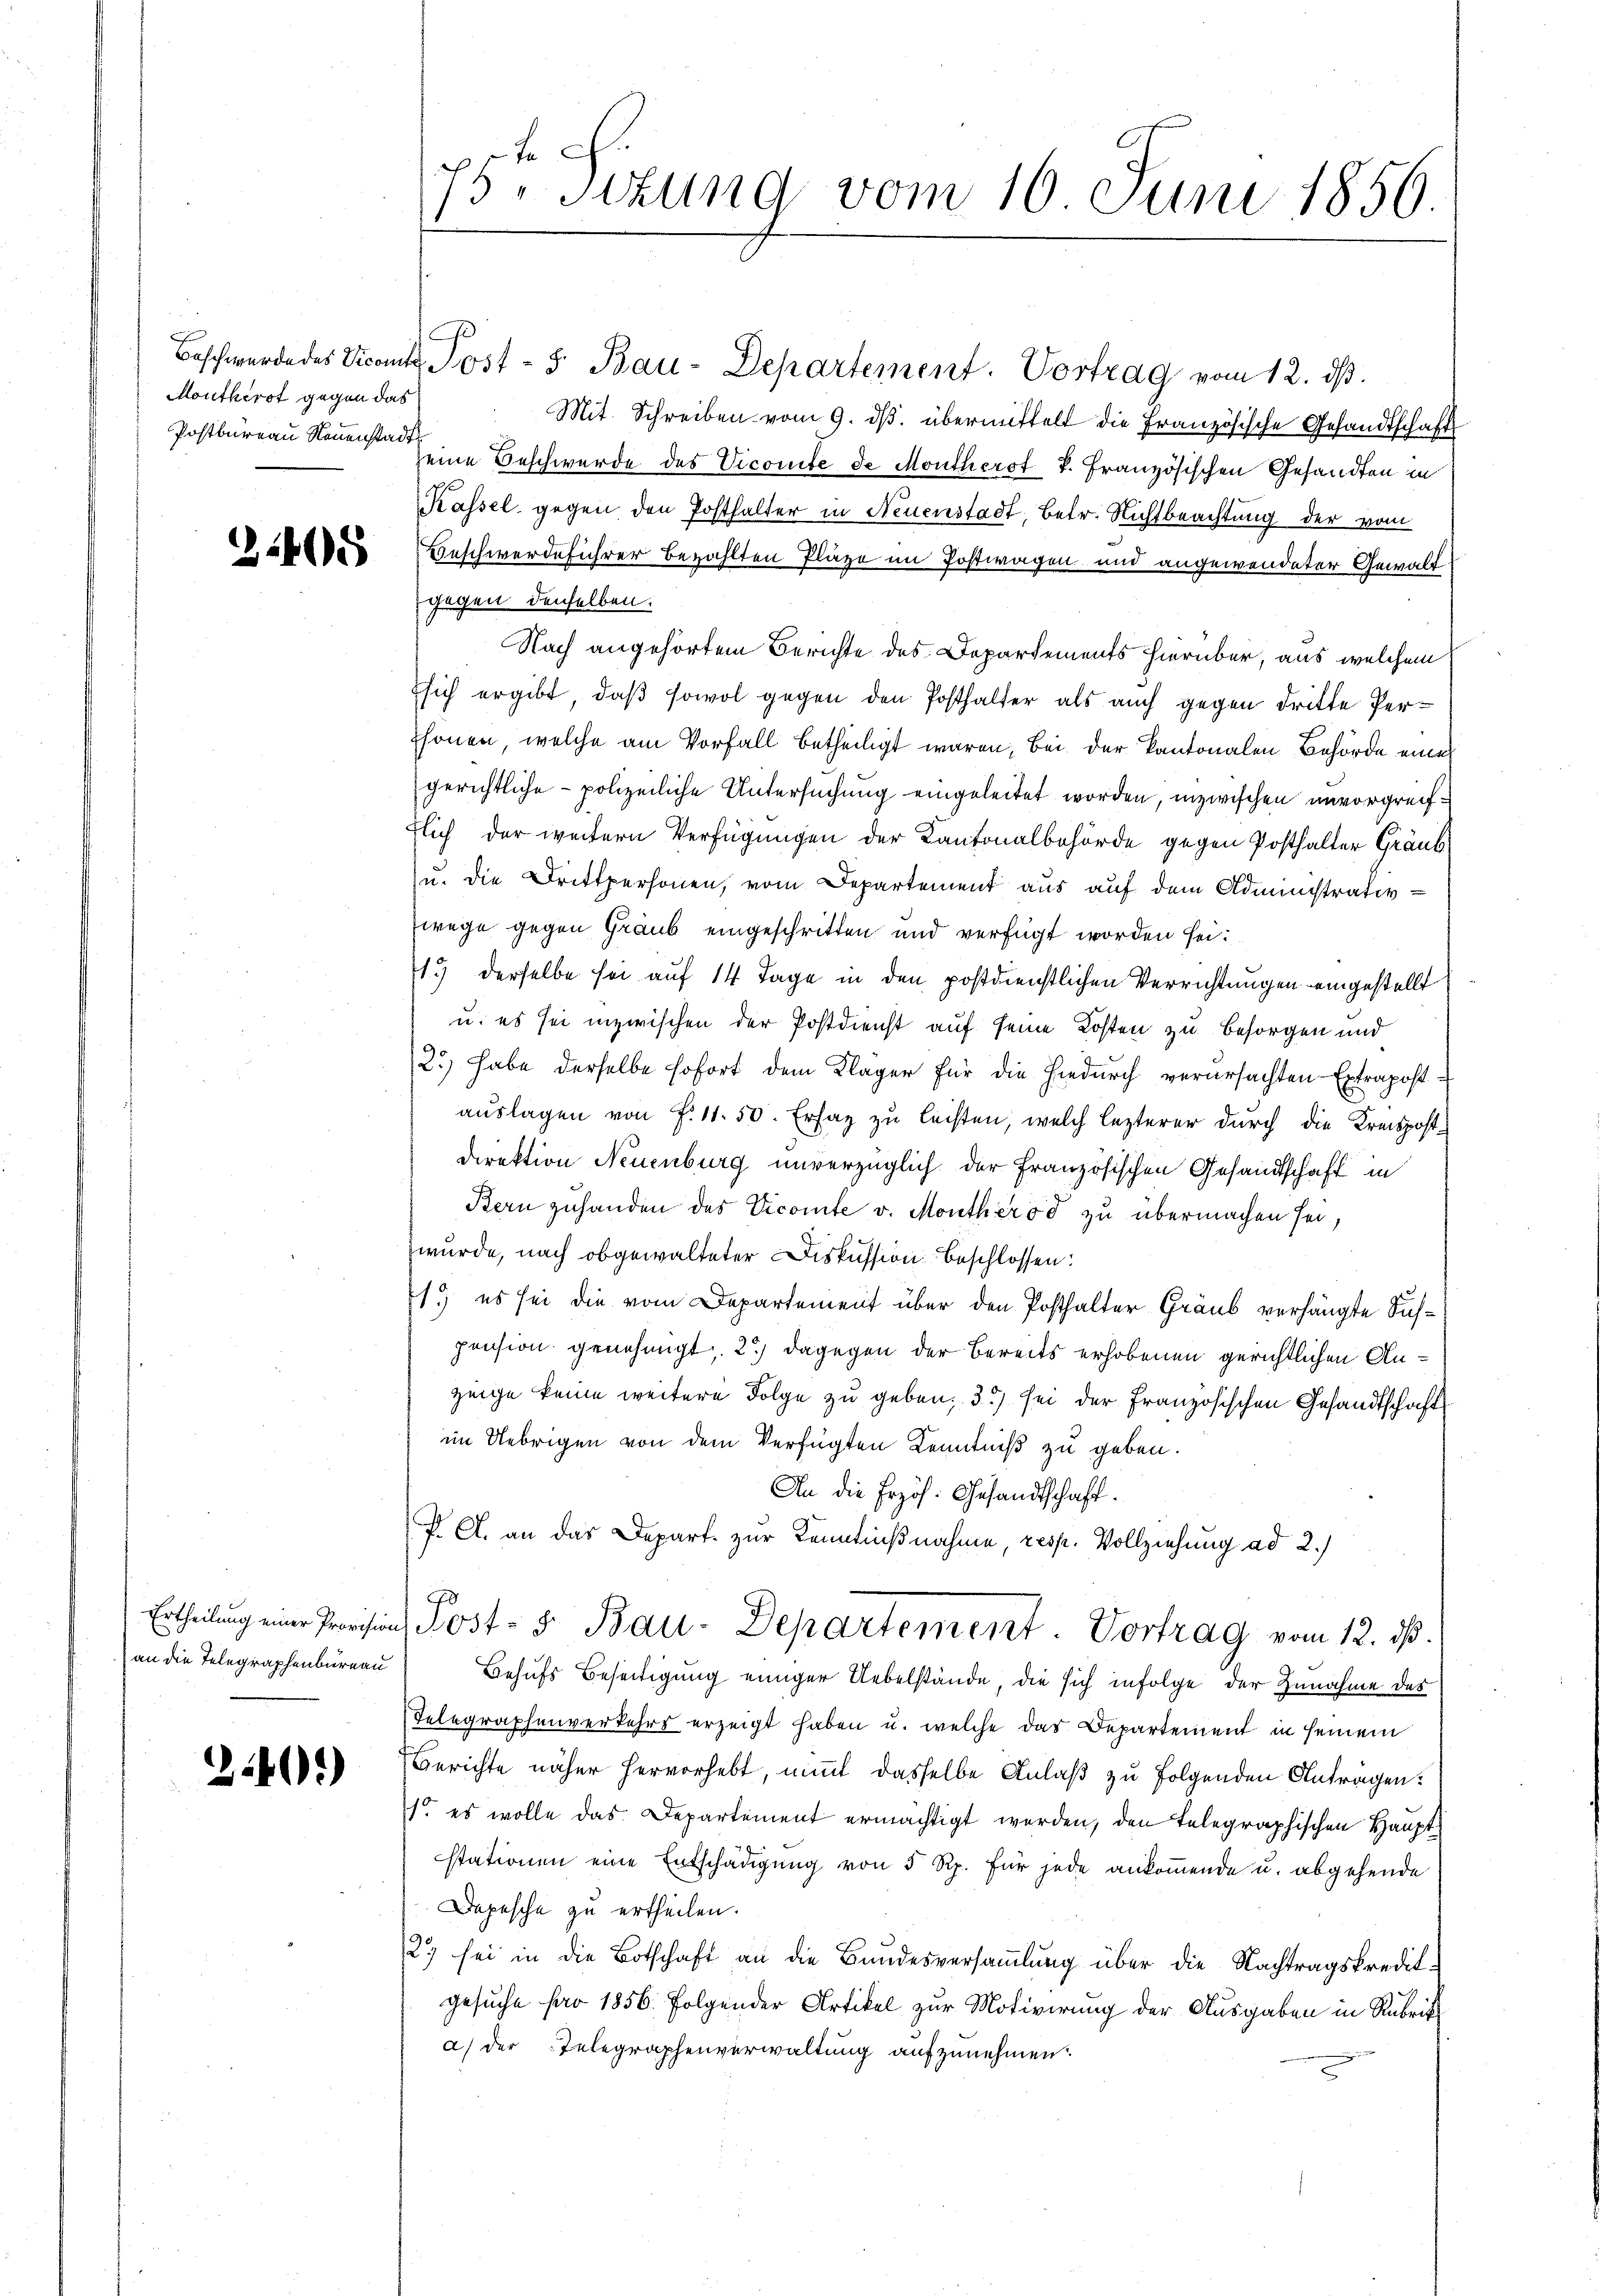
Montherst gegen das
Postbureau Neuenstadt

32405

Ertheilung einer Provision
an die Telegraphenbureau

2401)

75. schung vom 16 Juni 1856.

Beschwerde des Vicante Post - 5. Bau-Departement. Vortrag vom 12. ds.
Mit. Schreiben vom 9. ds. übermittelt die Französische Gesandtschaft
seine Beschwerde des Vicomite de Montherst v. Französischen Gesandten in
Kassel gegen den Posthalter in Neuenstadt, betr. Nichtbeachtung der vom
Beschwerdeführer bezahlten Plaze im Postwagen und angewendeter Gewaltgegen denselben.
Nach angehörtem Berichte des Departements hierüber, aus welchem
sich ergibt, daß sowol gegen den Posthalter als auch gegen dritte Perchönen, welche am Vorfall betheiligt waren, bei der Kantonalen Behörde eines
gerichtliche polizeiliche Untersuchung eingeleitet worden, inzwischen unvorgreiftlich der weitern Verfügungen der Kantonalbehörde gegen Posthalter Graub
u. die Drittpersonen, vom Departement aus auf dem Administrativ-
wege gegen Graub eingeschritten und verfügt worden sei.
13 derselbe sei auf 14 Tage in den postdienstlichen Verrichtungen eingestellt
u. es sei inzwischen der Postdienst auf seine Kosten zu besorgen und
2.) Habe derselbe sofort dem Kläger für die hiedurch verursachten Extrapost
auslagen von f. 11. 50. Erlag zu leisten, welch lezterer durch die Kreispost¬
Direktion Neuenburg unverzüglich der französischen Gesandtschaft in
Bern zuhanden des Vicomte v. Montherod zu übermachen sei,
wurde, nach obgewalteter Diskussion beschlossen:
1. es sei die vom Departement über den Posthalter Graub verhängte Sichpension genehmigt, 2) dagegen der Bereits erhobenen gerichtlichen Anzeige keine weitere Folge zu geben; 3) sei der Französischen Gesandtschaft
im Uebrigen von dem Verfügten Kenntniß zu geben.
An die Erzöh. Gesandtschaft.
P. A. an das Depart zur Kenntnißnahme, resp. Vollziehung ad 2.)
Post- 5. Bau-Departement. Vortrag vom 12. ds.
Behufs Beseitigung einiger Uebelstände, die sich infolge der Zunahme des
Telegraphenverkehrs erzeigt haben u. welche das Departement in seinem
Berichte näher hervorhebt, nit dasselbe Anlaß zu folgenden Antragen:
1. es wolle das Departement ermächtigt werden, den Telegraphischen Hauptstationen eine Entschädigung von 5 Rp. für jede ankommende u. abgehende
Depesche zu ertheilen.
23 sei in die Botschaft an die Bundesversammlung über die Nachtragskreditgesuche pro 1856. Folgender Artikel zur Motivirung der Ausgaben in Rubrik
a) der Telegraphenverwaltung aufzunehmen: